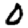
Digit: 0